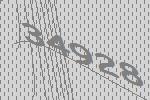
34928